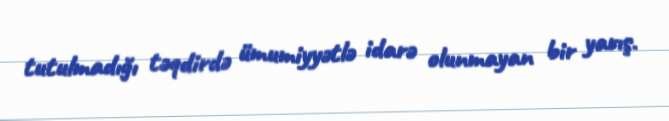
tutulmadığı təqdirdə ümumiyyətlə idarə olunmayan bir yarış.